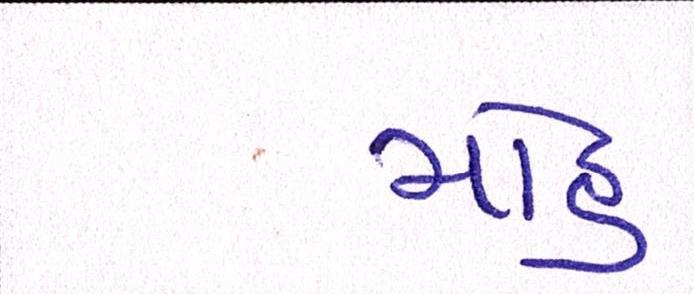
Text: મોહ